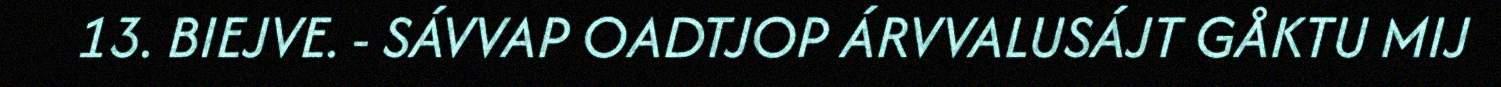
13. BIEJVE. - SÁVVAP OADTJOP ÁRVVALUSÁJT GÅKTU MIJ